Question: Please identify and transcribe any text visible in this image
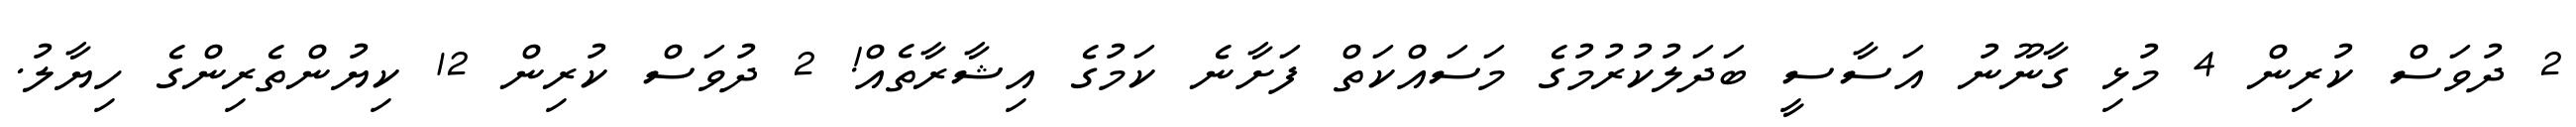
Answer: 2 ދުވަސް ކުރިން 4 މުޅި ގާނޫނު އަސާސީ ބަދަލުކުރުމުގެ މަސައްކަތް ފަށާނެ ކަމުގެ އިޝާރާތެއް! 2 ދުވަސް ކުރިން 12 ކިޔުންތެރިންގެ ހިޔާލު.